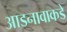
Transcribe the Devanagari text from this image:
आडनावाकडे